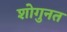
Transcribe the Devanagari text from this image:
शोगुनत